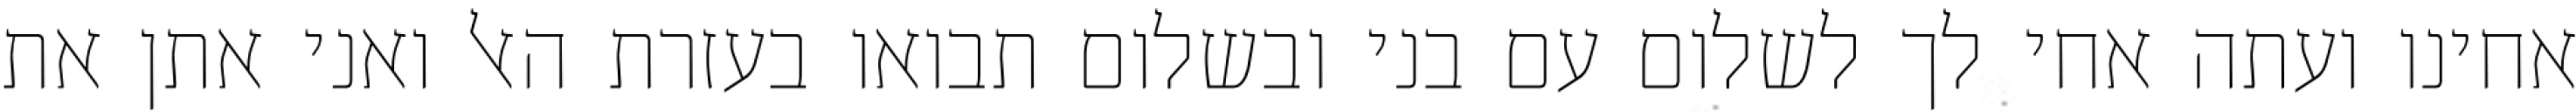
אחינו ועתה אחי לך לשלום עם בני ובשלום תבואו בעזרת האל ואני אתן את